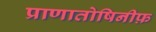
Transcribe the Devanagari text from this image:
प्राणातोषिनीफ़